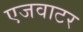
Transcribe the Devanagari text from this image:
एजवाटर